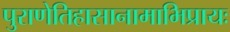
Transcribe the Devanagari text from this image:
पुराणेतिहासानामाभिप्रायः